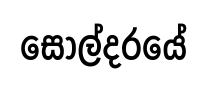
සොල්දරයේ